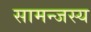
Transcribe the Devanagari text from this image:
सामन्‍जस्‍य